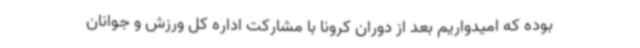
بوده که امیدواریم بعد از دوران کرونا با مشارکت اداره کل ورزش و جوانان